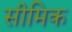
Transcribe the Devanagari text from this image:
सीमिक